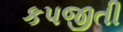
કપજીતી